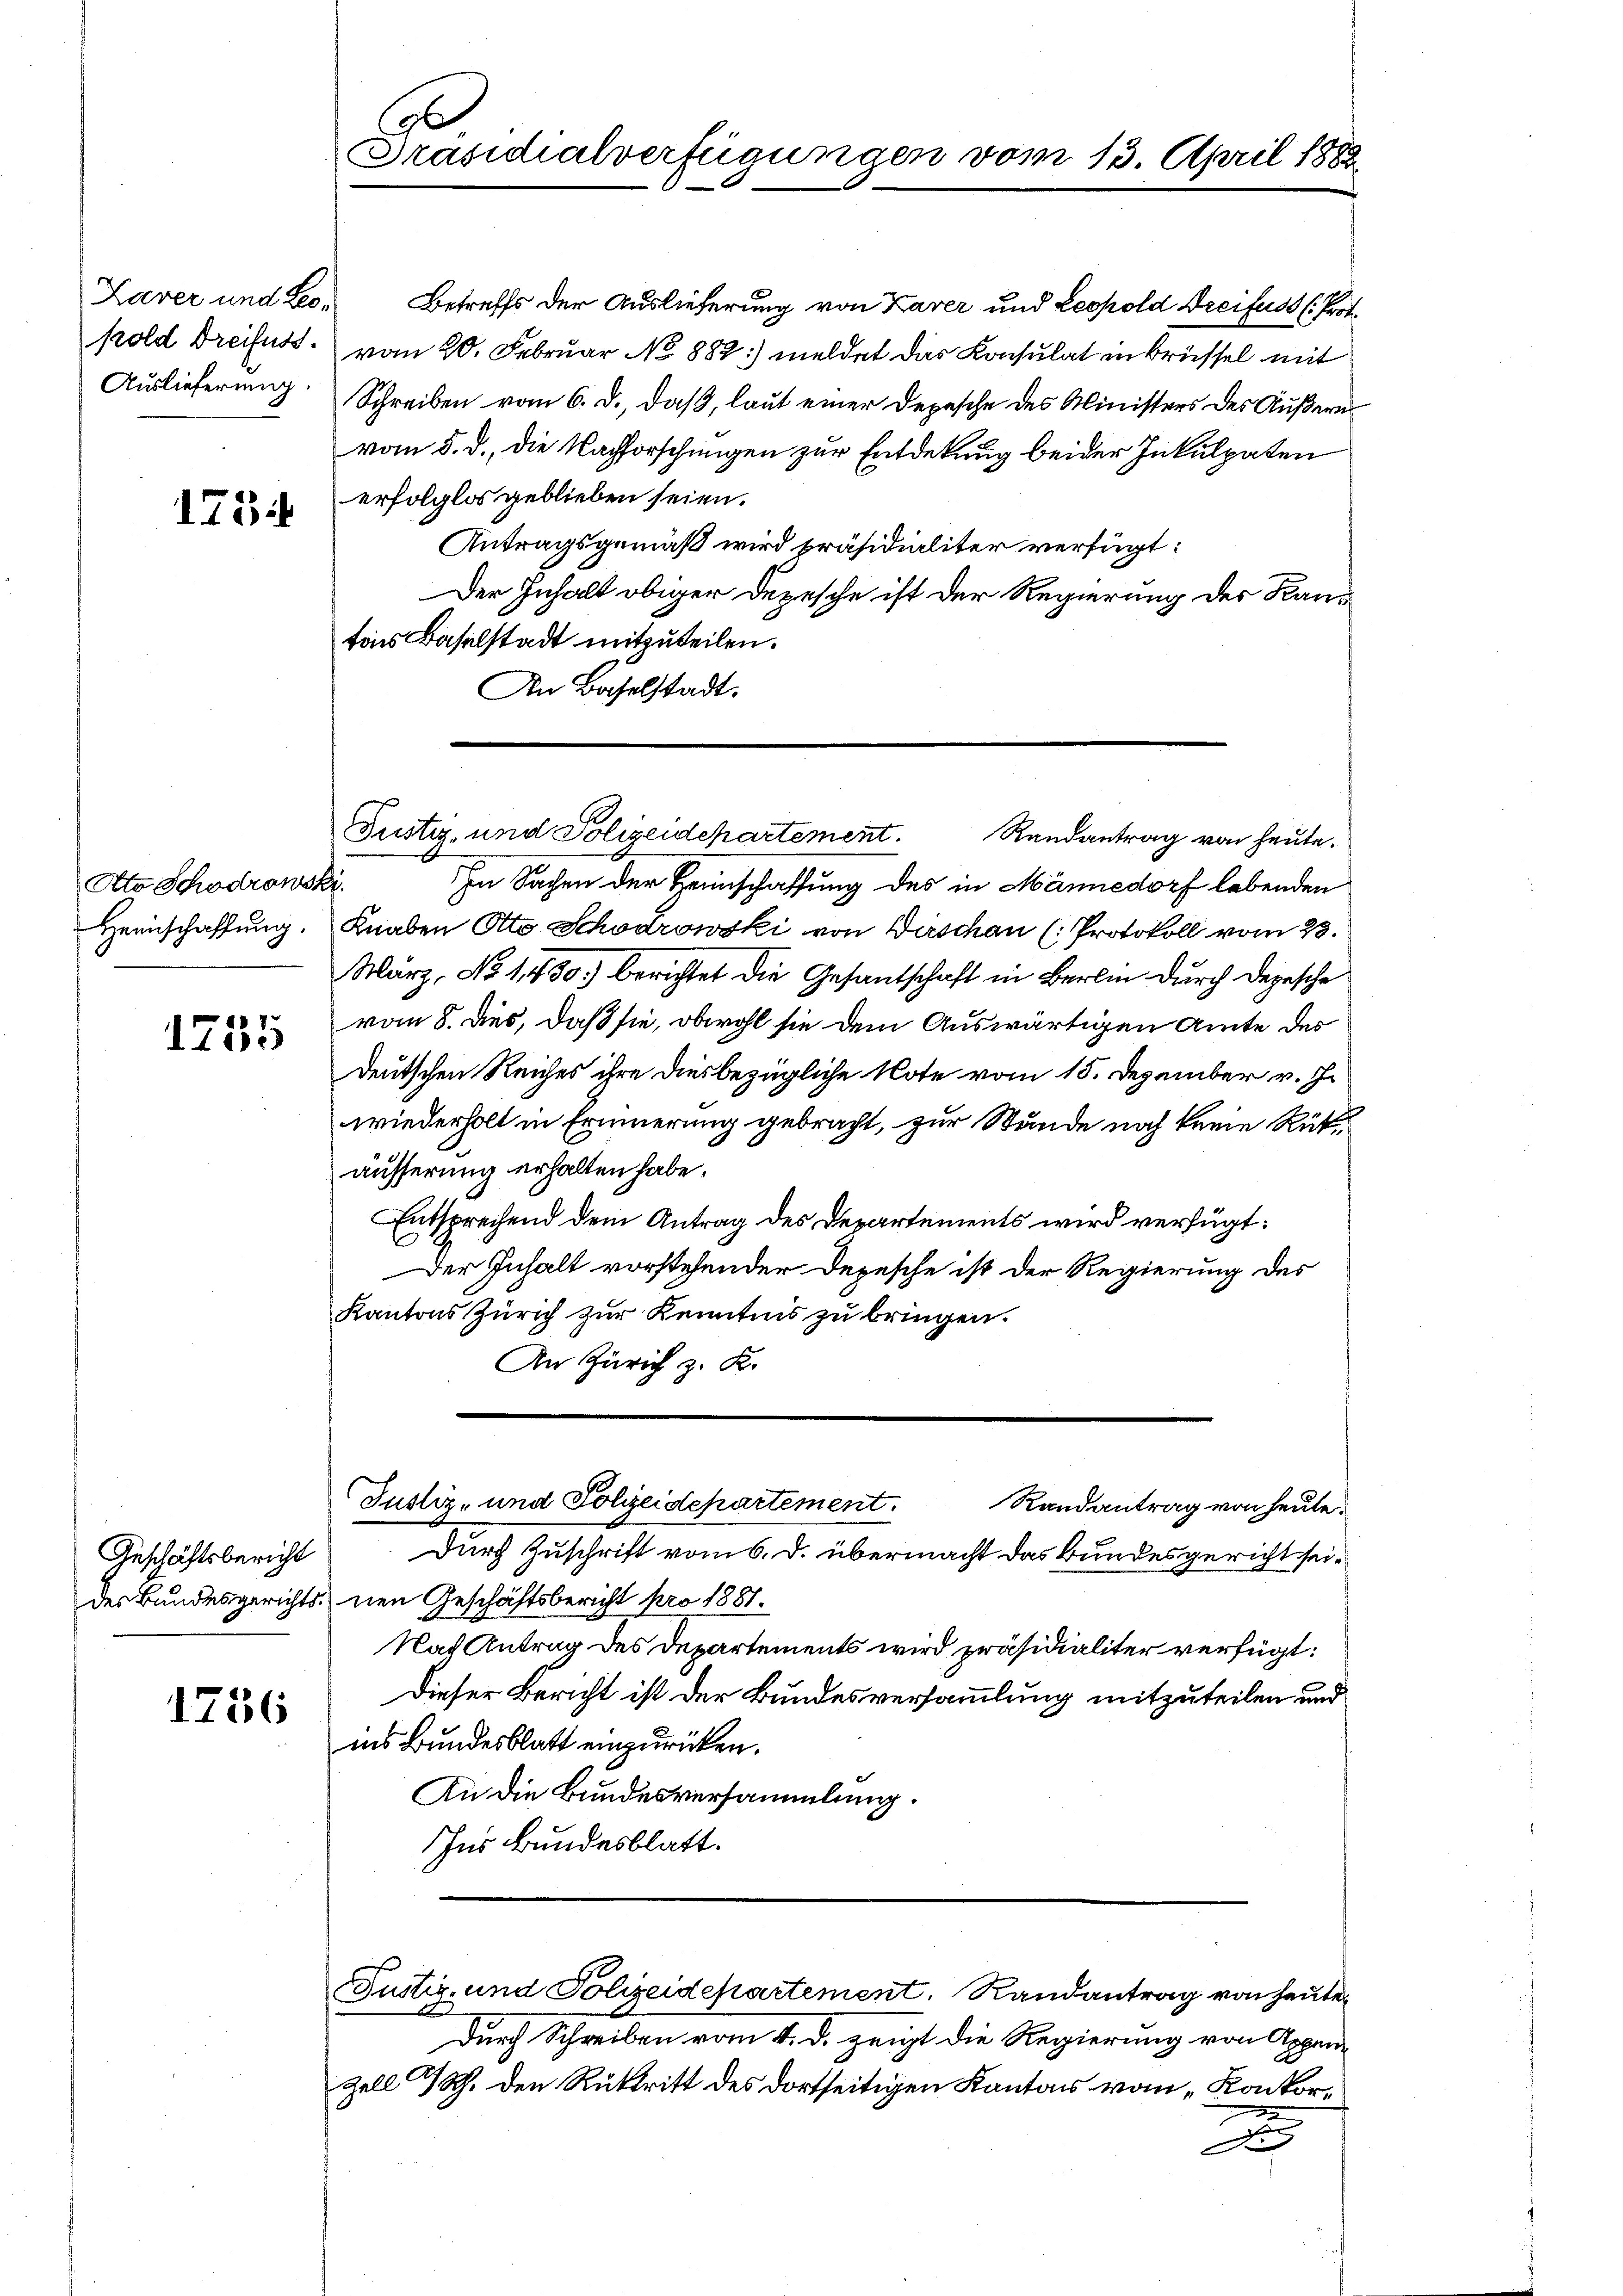
Kold Dreifuss.
Auslieferung.

175

Ato Schödrowski
Heinschaffung.

47.
Ie

Geschäftsbericht
des Bundesgerichts-

1756

Präsidialverfügungen vom 13. April 1888

Laver und Leo. Betreffs der Auslieferung von Kaver und Leopold Dreifuss (Prot.
vom 20. Februar No 882) meldet das Konsulat in Brüssel mit
Schreiben vom 6. d., daß, laut einer Depesche des Ministers des Äußerun
vom 5. d. die Nachforschungen zur Entdekung beider Inkulpaten
erfolglos geblieben seien.
Antragsgemäß wird präsidialiter verfügt:
Der Inhalt obiger Depesche ist der Regierung der Kantons Baselstadt mitzuteilen.
An Baselstadt.

Justiz- und Polizeidepartement. Randantrag von heute.
In Sachen der Heimschaffung des in Männedorf lebenden
Knaben Otto Schödrowski von Dirschen (Protokoll vom 23.
März, No 1430. berichtet die Gesantschaft in Berli durch Depesche
vom 8. dies, daß sie, obwohl sie dem Auswärtigen Amte des
deutschen Reiches ihre diesbezügliche Note vom 15. Dezember v. J.
wiederholt in Erinnerung gebracht, zur Stunde noch keine Rükäusserung erhalten habe.
Entsprechend dem Antrag des Departements wird verfügt:
Der Inhalt vorstehender Depesche ist der Regierung des
Kantons Zürich zur Kenntnis zu bringen.
An Zürich z. K.
Justiz- und Polizeidepartement.
Randantrag von heute.
Durch Zuschrift vom 6. d. übermacht das Bundesgericht seinen Geschäftsbericht pro 1881.
Nach Antrag des Departements wird präsidialiter verfügt:
Dieser Bericht ist der Bundesversammlung mitzuteilen und
ins Bundesblatt einzurücken.
An die Bundesversammlung.
Ins Bundesblatt.

durch Schreiben vom 4. d. zeigt die Regierung von Appen-
Zell h. den Rücktritt des dortseitigen Kantons vom „Konkor¬
2
d
Die

Justiz- und Polizeidepartement. Randantrag von heute.